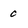
Character: 0